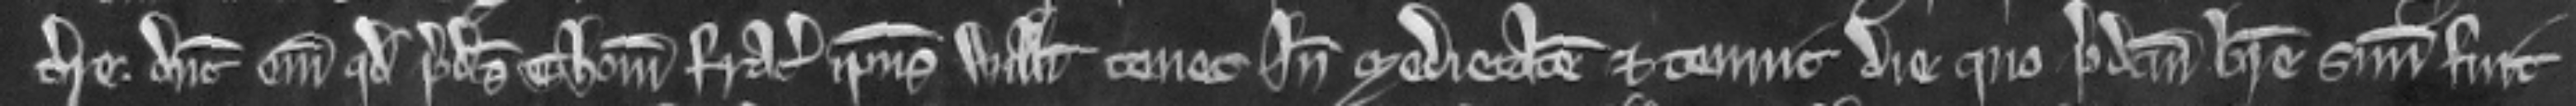
terre. Dicunt enim quod predictus Thomas frater ipsius Willemi tenet inde medietatem et tenuit die quo predictum breve suum fuit